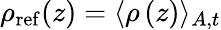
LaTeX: \rho_{\mathrm{ref}}(z)=\langle\rho\left(z\right)\rangle_{A,t}